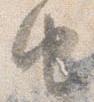
由